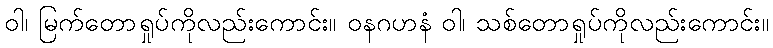
ဝါ၊ မြက်တောရှုပ်ကိုလည်းကောင်း။ ဝနဂဟနံ ဝါ၊ သစ်တောရှုပ်ကိုလည်းကောင်း။